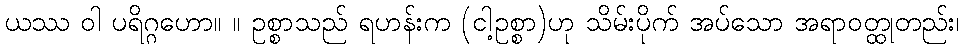
ယဿ ဝါ ပရိဂ္ဂဟော။ ။ ဥစ္စာသည် ရဟန်းက (ငါ့ဥစ္စာ)ဟု သိမ်းပိုက် အပ်သော အရာဝတ္ထုတည်း၊